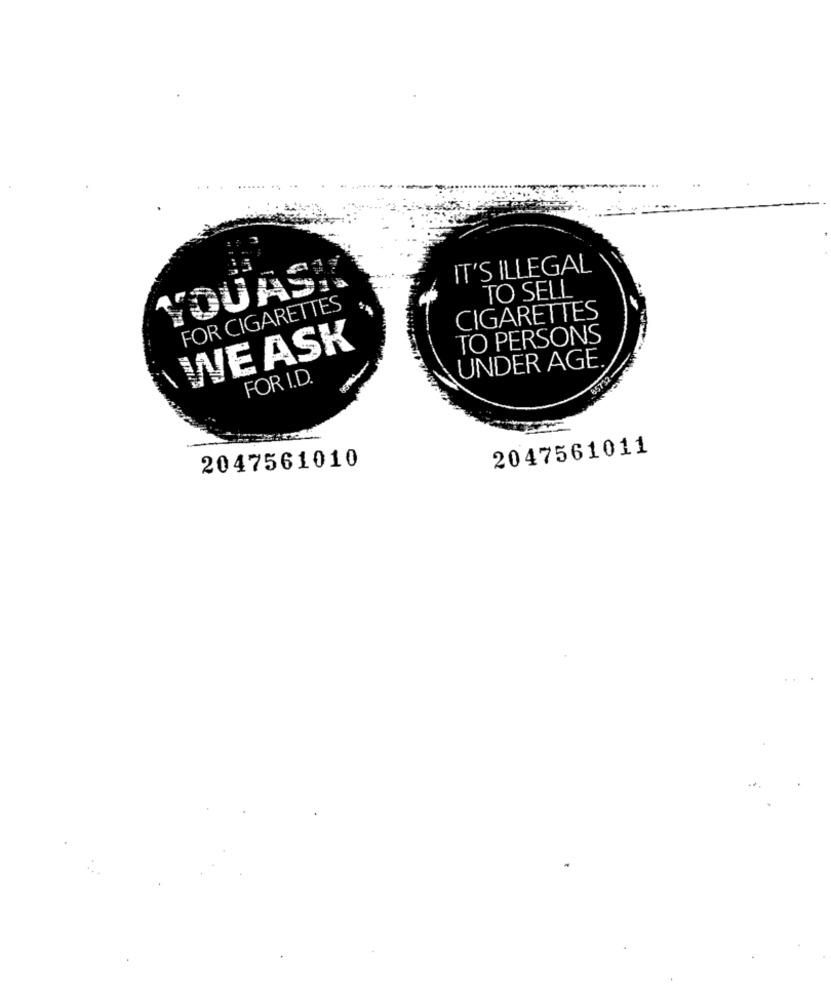
IT'S ILLEGAL
YOUAS:
TO SELL
FOR CIGARETTES
CIGARETTES
TO PERSONS
WE ASK
UNDER AGE.
FOR I.D.
2047561011
2047561010